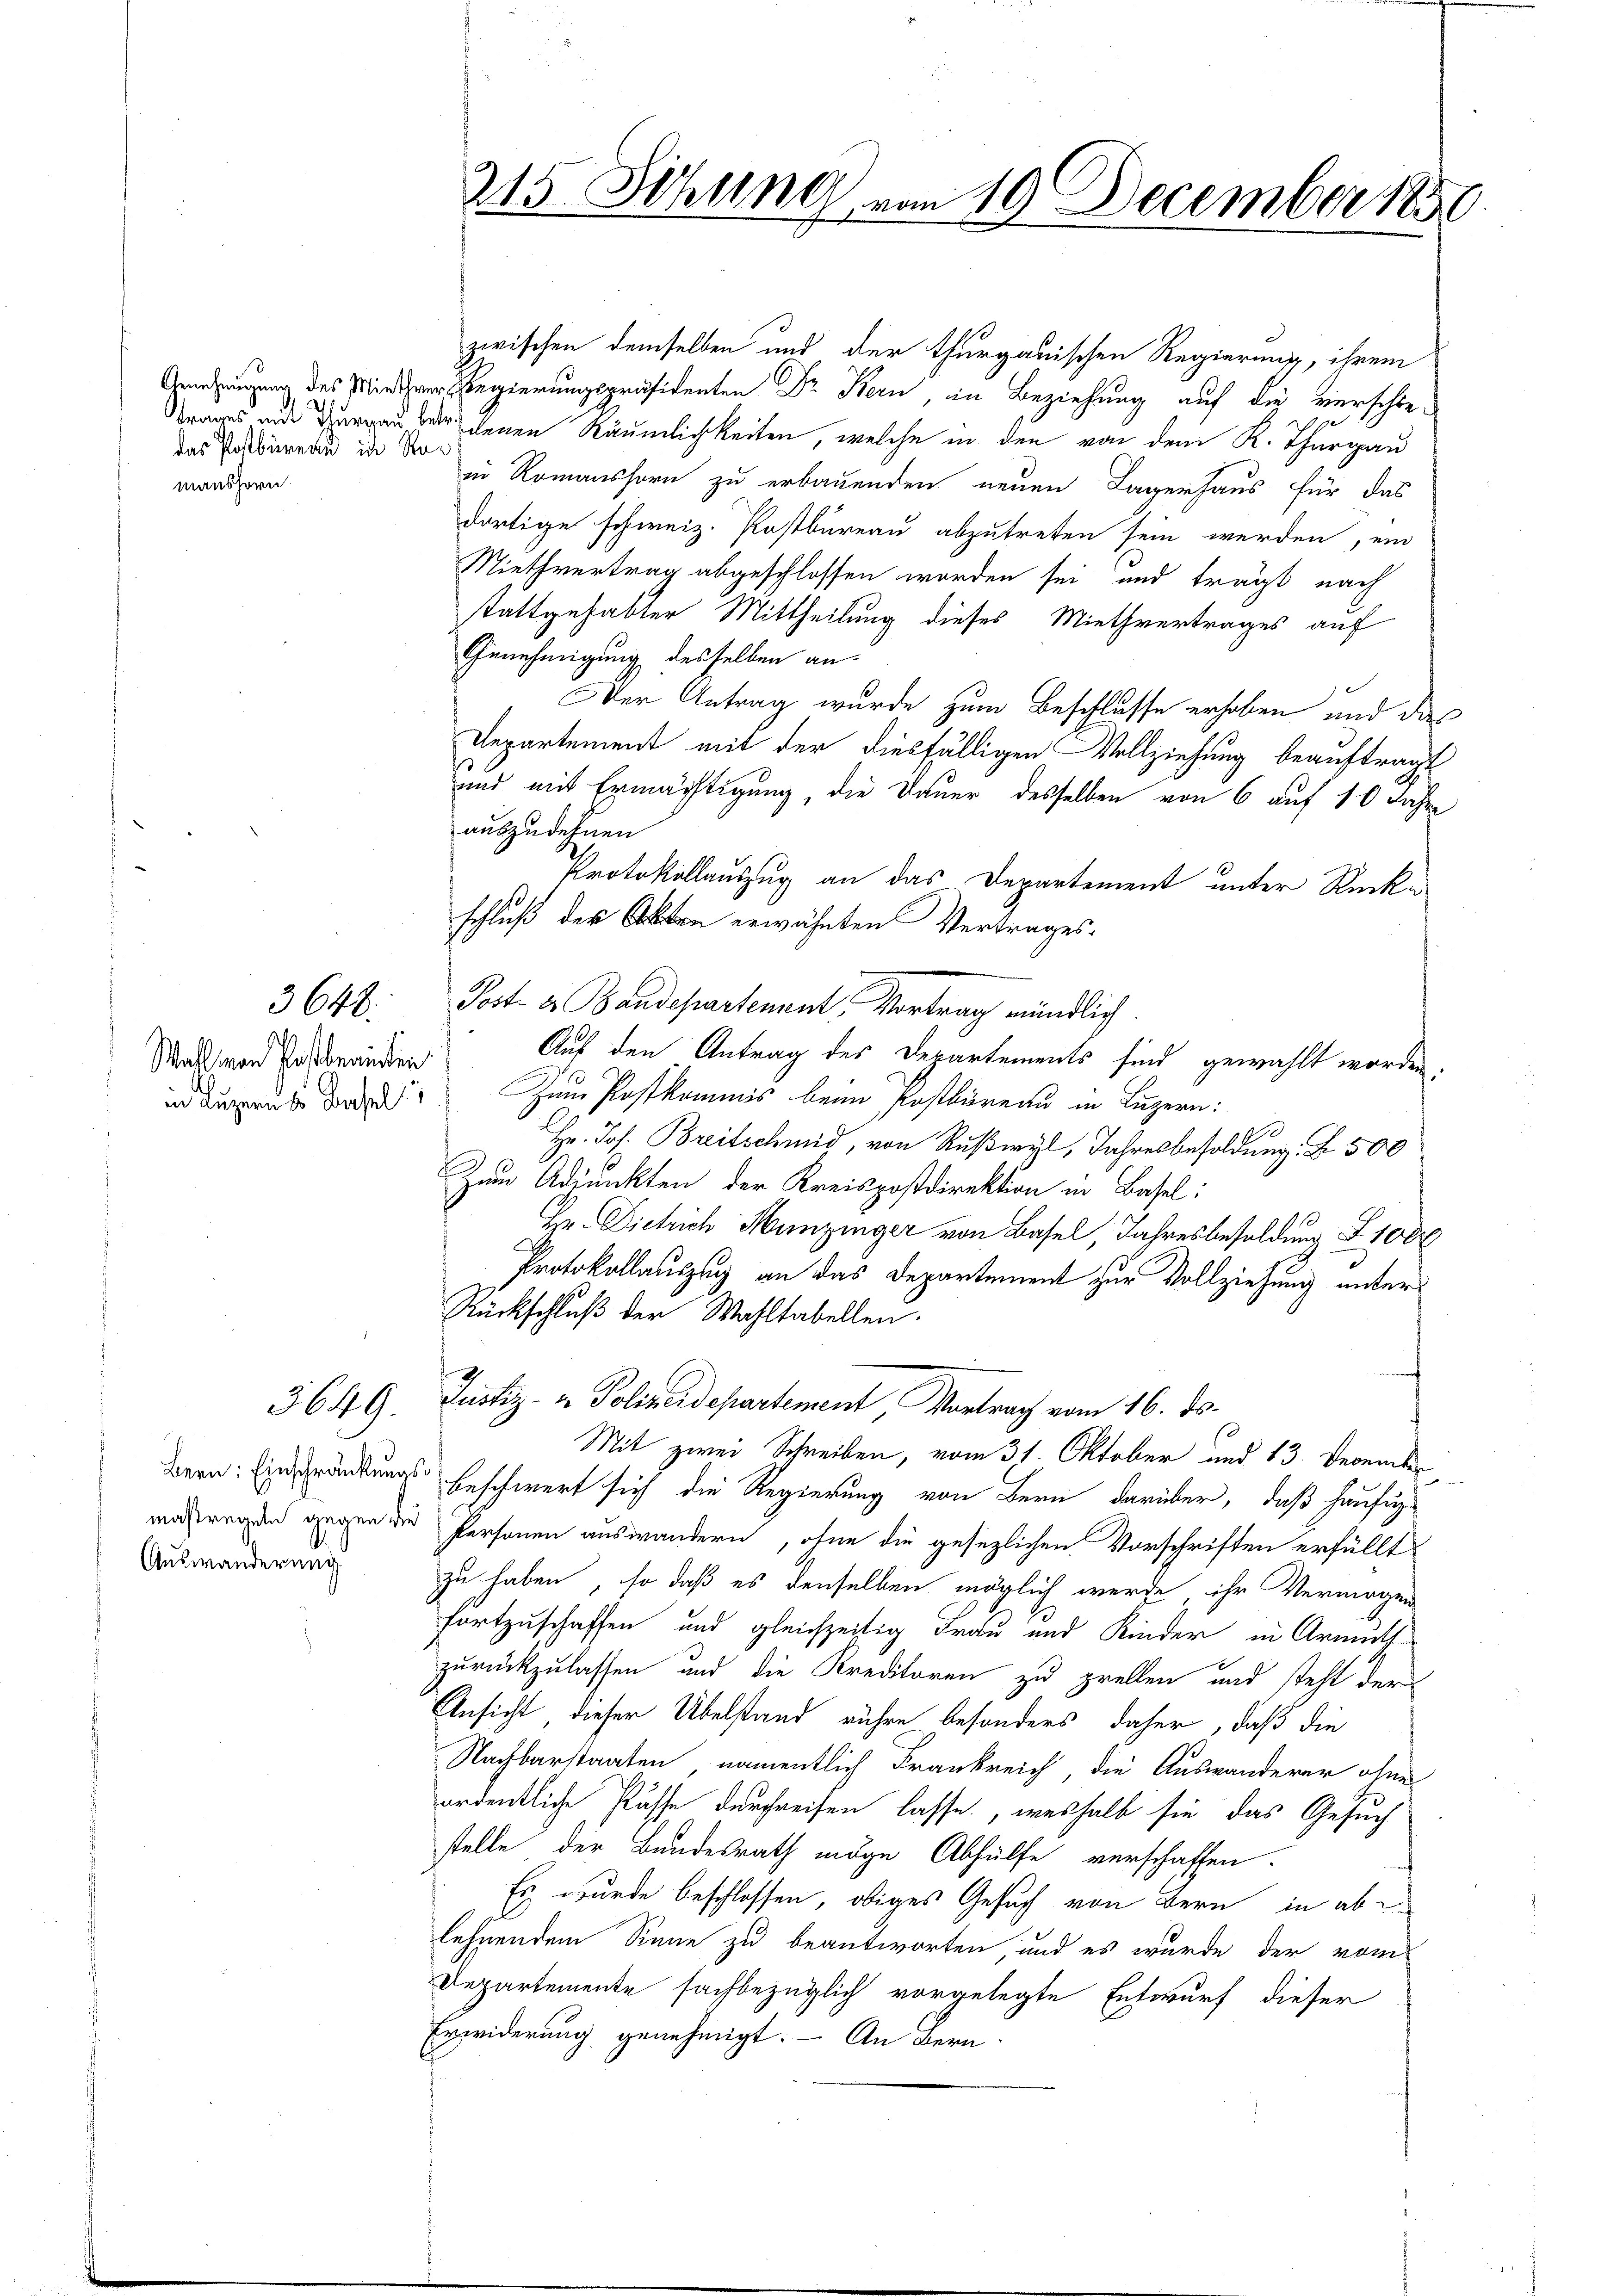
2
das Postbüreau in Romanshorn.

Wahl von Postberinten

3648.

3649.

Bern: Einschränkungsmaßregeln gegen die
Auswanderung

215 Sitzung vom 19. December 1850

zwischen demselben und der thurgauischen Regierung, ihrem
Genehmigung des Miner Regierungspräsidenten Dr. Bern, in Beziehung auf die verschietrages und aber denen Räumlichkeiten, welche in den von dem K. Thurgau
in Romanshorn zu erbauenden neuen Lagerhaus für das
dortige schweiz. Postbureau abzutreten sein werden, ein
Miethvertrag abgeschlossen worden sei und trägt nach
stattgehabter Mittheilung dieses Miethvertrages auf
Genehmigung desselben an
Der Antrag wurde zum Beschlusse erhoben und das
Departement mit der diesfälligen Vollziehung beauftragt
und mit Ermächtigung, die Dauer desselben von 6 auf 10 Jahre
auszudehnen
Protokollauszug an das Departement unter Rückschluß der Akten erwähnten Vertrages-
Post er Bandepartement Vortrag mündlich.
Auf den Antrag des Departements sind gewählt worden.
 draus der Zum Postkommis beim Postbureau in Luzern:
Hr. Jos. Breitschmid, von Rußwyl, Jahresbesoldung Nr. 500
Zum Adjunkten der Kreispostdirektion in Basel:
Hr. Dietrich Hunzinger von Basel, Jahresbesoldung S. 100
Protokollauszug an das Departement zur Vollziehung unter¬
Rückschluß der Wahltabellen.
Justiz- & Polizeidepartement Vortrag vom 16. ds.
Mit zwei Schreiben, vom 31. Oktober und 13. Decemb
beschwert sich die Regierung von Bern darüber, daß häufig-
Personen auswandern, ohne die gesezlichen Vorschriften erfüllt
zu haben, so daß es denselben möglich werde, ihr Vermögen
fortzuschaffen und gleichzeitig Frau und Kinder in Armuthzurückzulassen und die Kreditoren zu prellen und steht der
Ansicht, dieser Übelstand rühre besonders daher, daß die
Nachbarstaaten, namentlich Frankreich, die Auswanderer ohne
ordentliche Pässe durchreifen lasse, weshalb sie das Gesuch
stelle der Bundesrath möge Abhülfe verschaffen.
Es wurde beschlossen, obiges Gesuch von Bern, in abe
lehnendem Sinne zu beantworten und es wurde der vom
Departemente sachbezüglich vorgelegte Entwurf dieser
Erwiderung genehmigt. – An Bern